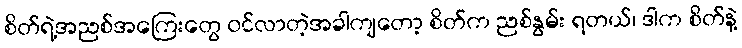
စိတ်ရဲ့အညစ်အကြေးတွေ ဝင်လာတဲ့အခါကျတော့ စိတ်က ညစ်နွမ်း ရတယ်၊ ဒါက စိတ်နဲ့